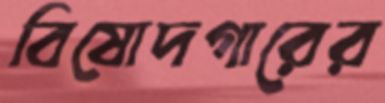
বিষোদগারের